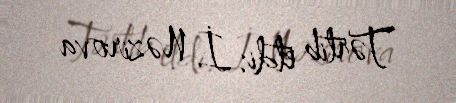
Tərtib etdi: İ. Nəzirova